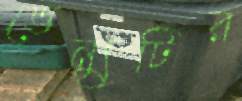
ভেন্যুটির